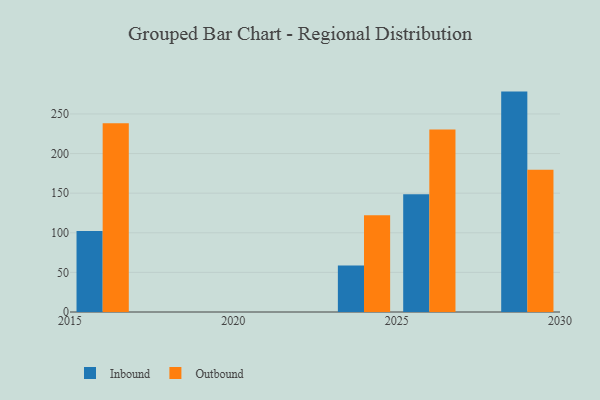
{"axis": {"x": "Year", "y": "Operating Costs (USD K)"}, "legend": ["Inbound", "Outbound"], "data": [{"x": "2024", "y": 58.6, "type": "Inbound"}, {"x": "2024", "y": 122.0, "type": "Outbound"}, {"x": "2026", "y": 148.7, "type": "Inbound"}, {"x": "2026", "y": 230.4, "type": "Outbound"}, {"x": "2016", "y": 102.4, "type": "Inbound"}, {"x": "2016", "y": 238.1, "type": "Outbound"}, {"x": "2029", "y": 278.2, "type": "Inbound"}, {"x": "2029", "y": 179.7, "type": "Outbound"}]}